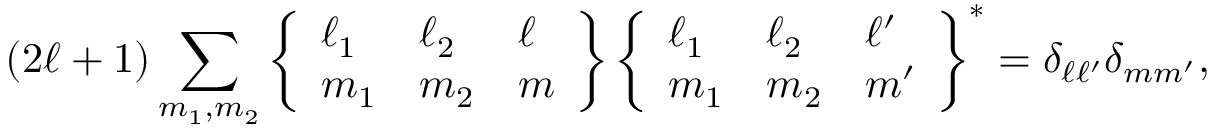
( 2 \ell + 1 ) \sum _ { m _ { 1 } , m _ { 2 } } \left\{ \begin{array} { l l l } { \ell _ { 1 } } & { \ell _ { 2 } } & { \ell } \\ { m _ { 1 } } & { m _ { 2 } } & { m } \end{array} \right\} \left\{ \begin{array} { l l l } { \ell _ { 1 } } & { \ell _ { 2 } } & { \ell ^ { \prime } } \\ { m _ { 1 } } & { m _ { 2 } } & { m ^ { \prime } } \end{array} \right\} ^ { \ast } = \delta _ { \ell \ell ^ { \prime } } \delta _ { m m ^ { \prime } } ,